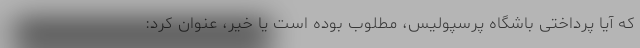
که آیا پرداختی باشگاه پرسپولیس، مطلوب بوده است یا خیر، عنوان کرد: